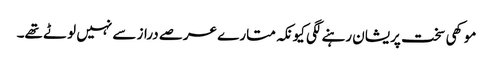
موکھی سخت پریشان رہنے لگی کیونکہ متارے عرصے دراز سے نہیں لوٹے تھے۔